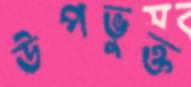
উপভুক্ত